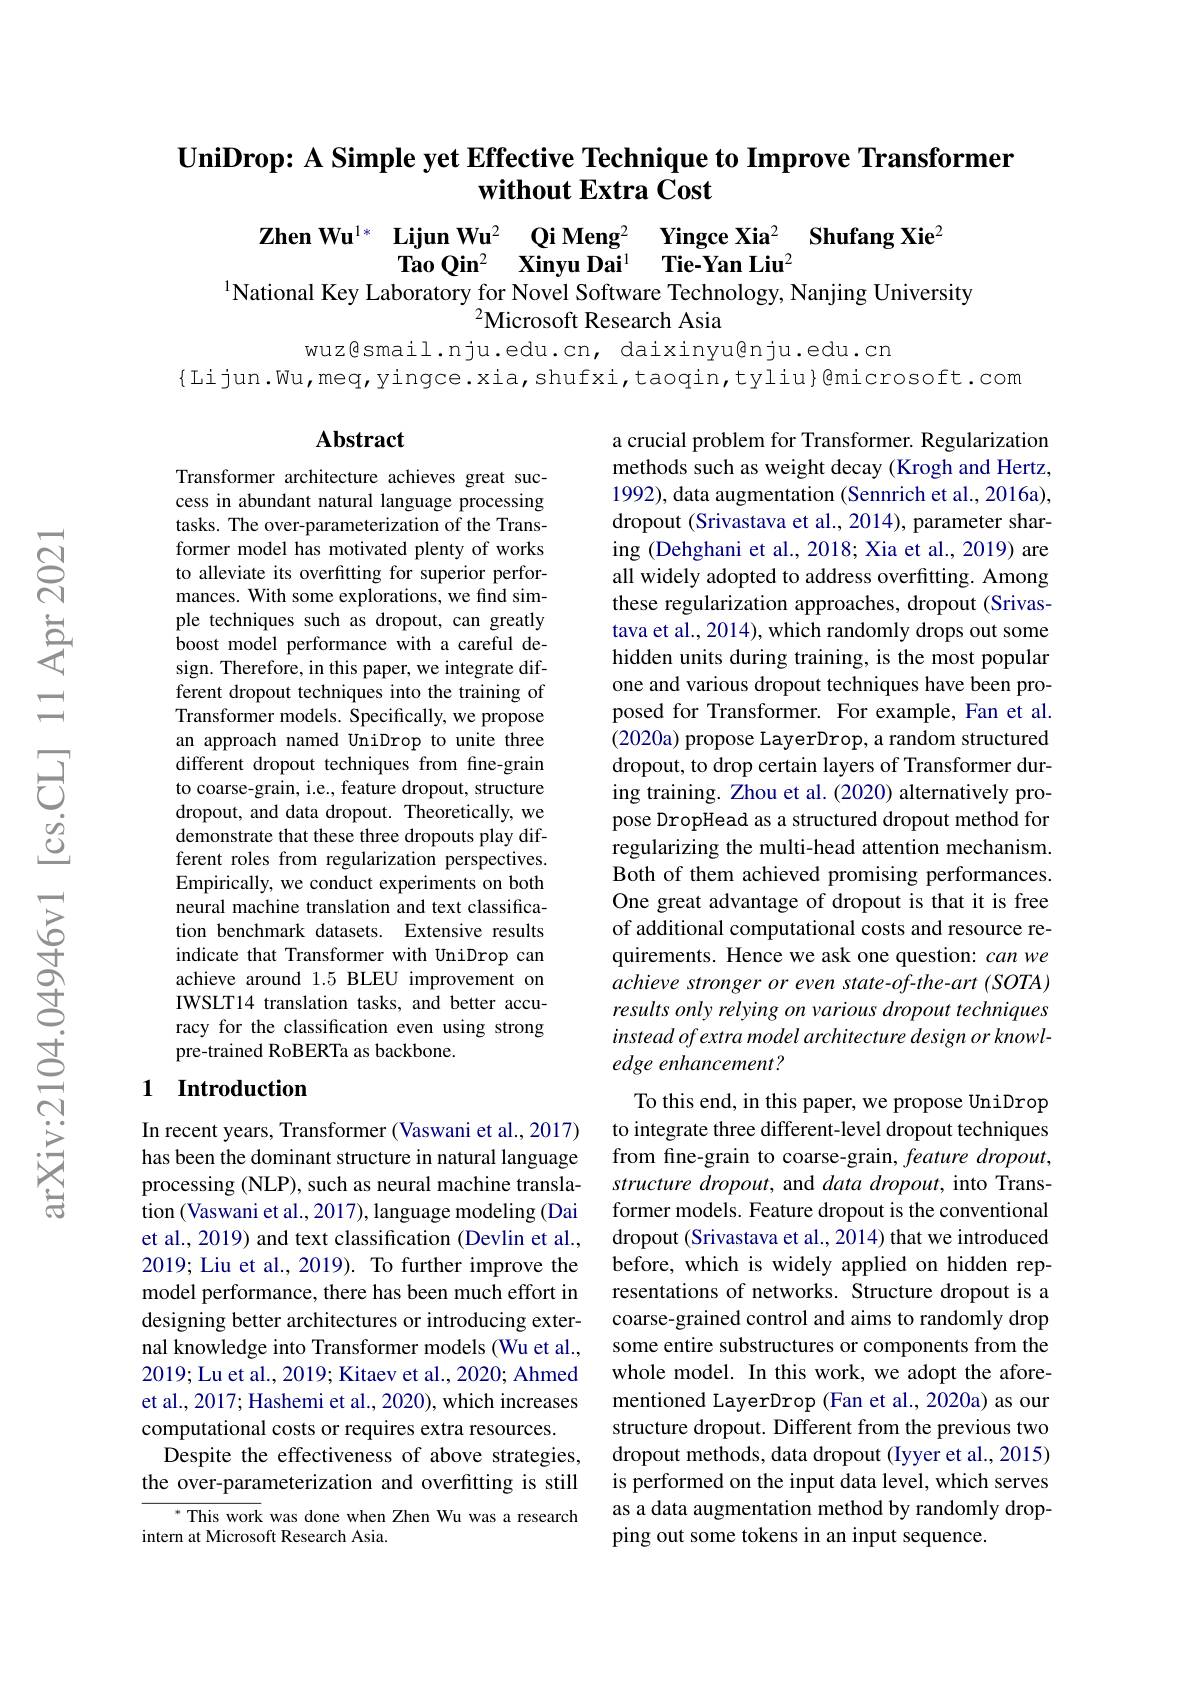
## $\textbf{UniDrop: A Simple yet Effective Technique to Improve Transformer}$ without Extra Cost

$\textbf{Zhen Wu}^{1* }$ $\textbf{Lijun Wu}^2$ $\textbf{Qi Meng}^2$ $\textbf{Yingce Xia}^2$ $\textbf{Shufang Xie}^2$Tao Qin$^2$ $\textbf{Xinyu Dai}^1$ $\textbf{Tie- Yan Liu}^2$
$^{2}$Microsoft Research Asia

wuz@smail.nju.edu.cn, daixinyu@nju.edu.cn
{Lijun.Wu,meq,yingce.xia,shufxi,taoqin,tyliu}@microsoft.com

## Abstract

a crucial problem for Transformer. Regularization methods such as weight decay (Krogh and Hertz, 1992), data augmentation (Sennrich et al., 2016a), dropout (Srivastava et al., 2014), parameter sharing (Dehghani et al., 2018; Xia et al., 2019) are all widely adopted to address overfitting. Among these regularization approaches, dropout (Srivastava et al., 2014), which randomly drops out some hidden units during training, is the most popular one and various dropout techniques have been proposed for Transformer. For example, Fan et al. (2020a) propose LayerDrop, a random structured dropout, to drop certain layers of Transformer during training. Zhou et al. (2020) alternatively propose DropHead as a structured dropout method for regularizing the multi-head attention mechanism. Both of them achieved promising performances. One great advantage of dropout is that it is free of additional computational costs and resource requirements. Hence we ask one question: can we achieve stronger or even state-of-the-art (SOTA) results only relying on various dropout techniques instead of extra model architecture design or knowledge enhancement?

Transformer architecture achieves great success in abundant natural language processing tasks. The over-parameterization of the Transformer model has motivated plenty of works to alleviate its overfitting for superior performances. With some explorations, we find simple techniques such as dropout, can greatly boost model performance with a careful design. Therefore, in this paper, we integrate different dropout techniques into the training of $\hat{\text{Transformer models. Specifically, we propose}}$ an approach named UniDrop to unite three different dropout techniques from fine-grain to coarse-grain, i.e., feature dropout, structure dropout, and data dropout. Theoretically, we demonstrate that these three dropouts play different roles from regularization perspectives. Empirically, we conduct experiments on both neural machine translation and text classification benchmark datasets. Extensive results indicate that Transformer with UniDrop can achieve around 1.5 BLEU improvement on IWSLT14 translation tasks, and better accuracy for the classification even using strong pre-trained RoBERTa as backbone.

## 1 Introduction

In recent years, Transformer (Vaswani et al., 2017) has been the dominant structure in natural language processing (NLP), such as neural machine translation (Vaswani et al., 2017), language modeling (Dai et al., 2019) and text classification (Devlin et al., 2019; Liu et al., 2019). To further improve the model performance, there has been much effort in designing better architectures or introducing external knowledge into Transformer models (Wu et al., 2019; Lu et al., 2019; Kitaev et al., 2020; Ahmed et al., 2017; Hashemi et al., 2020), which increases computational costs or requires extra resources.
Despite the effectiveness of above strategies, the over-parameterization and overfitting is still
$^*$ This work was done when Zhen Wu was a research

To this end, in this paper, we propose UniDrop to integrate three different-level dropout techniques from fine-grain to coarse-grain, feature dropout, structure dropout, and data dropout, into Transformer models. Feature dropout is the conventional dropout (Srivastava et al., 2014) that we introduced before, which is widely applied on hidden representations of networks. Structure dropout is a coarse-grained control and aims to randomly drop some entire substructures or components from the whole model. In this work, we adopt the aforementioned LayerDrop (Fan et al., 2020a) as our structure dropout. Different from the previous two dropout methods, data dropout (Iyyer et al., 2015) is performed on the input data level, which serves as a data augmentation method by randomly dropping out some tokens in an input sequence.

intern at Microsoft Research Asia.